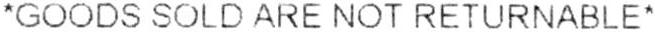
*GOODS SOLD ARE NOT RETURNABLE*